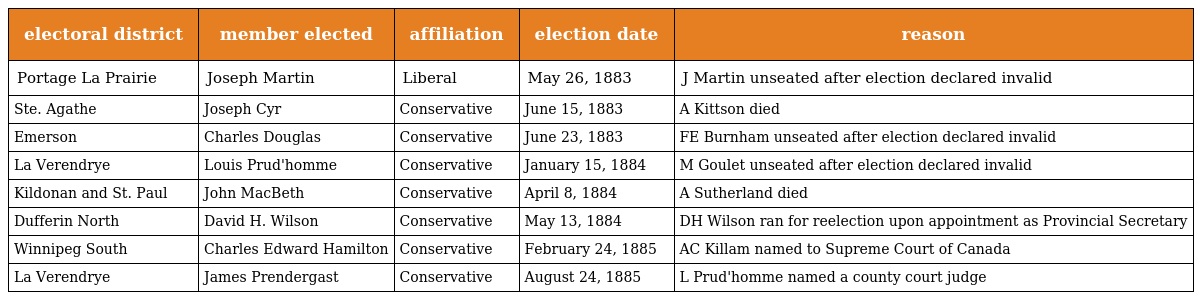
| electoral district | member elected | affiliation | election date | reason |
 | --- | --- | --- | --- | --- |
 | Portage La Prairie | Joseph Martin | Liberal | May 26, 1883 | J Martin unseated after election declared invalid |
 | Ste. Agathe | Joseph Cyr | Conservative | June 15, 1883 | A Kittson died |
 | Emerson | Charles Douglas | Conservative | June 23, 1883 | FE Burnham unseated after election declared invalid |
 | La Verendrye | Louis Prud'homme | Conservative | January 15, 1884 | M Goulet unseated after election declared invalid |
 | Kildonan and St. Paul | John MacBeth | Conservative | April 8, 1884 | A Sutherland died |
 | Dufferin North | David H. Wilson | Conservative | May 13, 1884 | DH Wilson ran for reelection upon appointment as Provincial Secretary |
 | Winnipeg South | Charles Edward Hamilton | Conservative | February 24, 1885 | AC Killam named to Supreme Court of Canada |
 | La Verendrye | James Prendergast | Conservative | August 24, 1885 | L Prud'homme named a county court judge |